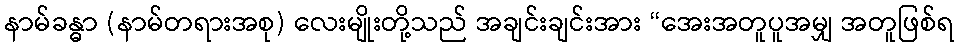
နာမ်ခန္ဓာ (နာမ်တရားအစု) လေးမျိုးတို့သည် အချင်းချင်းအား “အေးအတူပူအမျှ အတူဖြစ်ရ